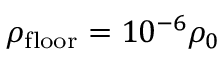
\rho _ { \mathrm { f l o o r } } = 1 0 ^ { - 6 } \rho _ { 0 }